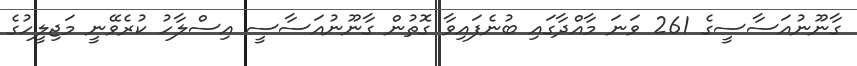
ގާނޫނުއަސާސީގެ 261 ވަނަ މާއްދާގައި ބުނެފައިވާ ގޮތުން ގާނޫނުއަސާސީ އިސްލާހު ކުރެވޭނީ މަޖިލީހުގެ